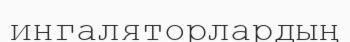
ингаляторлардың